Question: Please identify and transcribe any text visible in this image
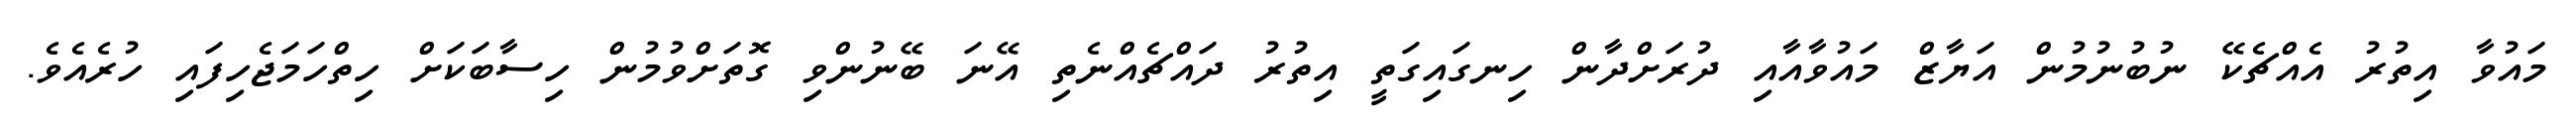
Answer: މައުވާ އިތުރު އެއްޗެކޭ ނުބުނުމުން އަޔާޒް މައުވާއާއި ދުރަށްދާން ހިނގައިގަތީ އިތުރު ދައްޗެއްނެތި އޭނަ ބޭނުންވި ގޮތަށްވުމުން ހިސާބަކަށް ހިތްހަމަޖެހިފައި ހުރެއެވެ.